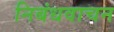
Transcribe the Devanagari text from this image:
निबंधवाचन